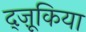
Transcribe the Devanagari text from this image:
द्ज़ूकिया